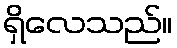
ရှိလေသည်။